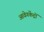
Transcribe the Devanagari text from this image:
आवेगकेंद्रों